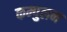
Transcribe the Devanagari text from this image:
कम्पुलन